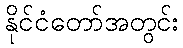
နိုင်ငံတော်အတွင်း